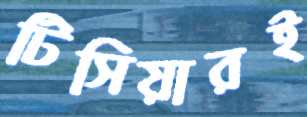
টিসিয়ারই